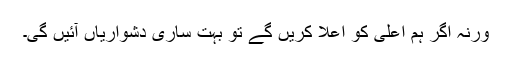
ورنہ اگر ہم اعلیٰ کو اعلا کریں گے تو بہت ساری دشواریاں آئیں گی۔